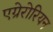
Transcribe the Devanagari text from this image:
एग्रेरोरियन